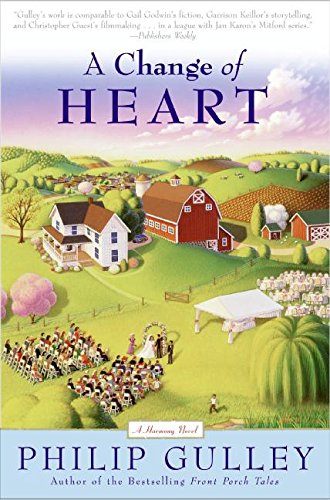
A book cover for A Change of Heart: A Harmony Novel (Plus); Philip Gulley; Christian Books & Bibles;